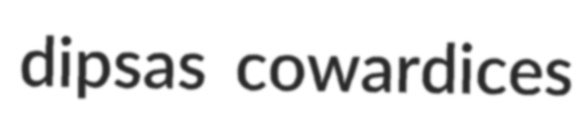
dipsas cowardices